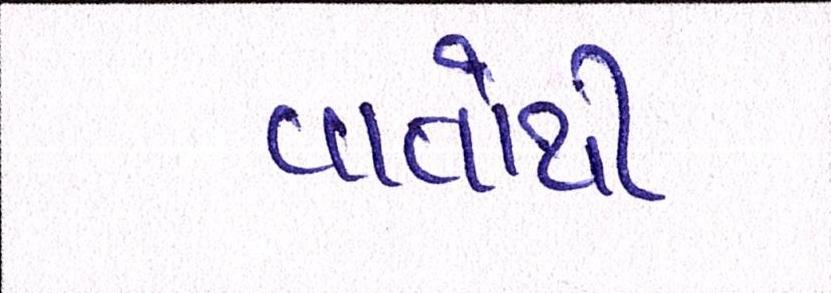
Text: વાતોથી